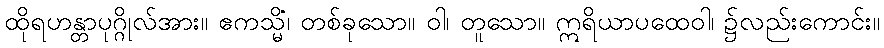
ထိုရဟန္တာပုဂ္ဂိုလ်အား။ ဧကသ္မိံ၊ တစ်ခုသော။ ဝါ၊ တူသော။ ဣရိယာပထေဝါ၊ ၌လည်းကောင်း။